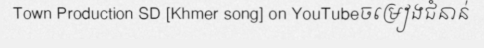
Town Production SD [Khmer song] on YouTubeចម្រៀងជំនាន់